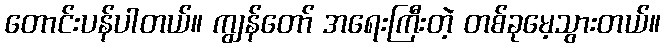
တောင်းပန်ပါတယ်။ ကျွန်တော် အရေးကြီးတဲ့ တစ်ခုမေ့သွားတယ်။